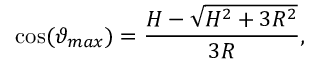
\cos ( \vartheta _ { m a x } ) = \frac { H - \sqrt { H ^ { 2 } + 3 R ^ { 2 } } } { 3 R } ,